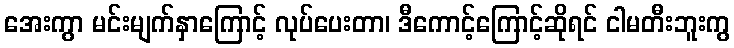
အေးကွာ မင်းမျက်နှာကြောင့် လုပ်ပေးတာ၊ ဒီကောင့်ကြောင့်ဆိုရင် ငါမတီးဘူးကွ